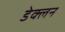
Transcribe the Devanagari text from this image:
डेक्लन